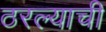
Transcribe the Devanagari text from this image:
ठरल्याची